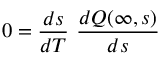
0 = \frac { d s } { d T } \ \frac { d Q ( \infty , s ) } { d s }